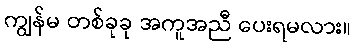
ကျွန်မ တစ်ခုခု အကူအညီ ပေးရမလား။